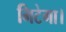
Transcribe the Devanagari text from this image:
मिटेगा।